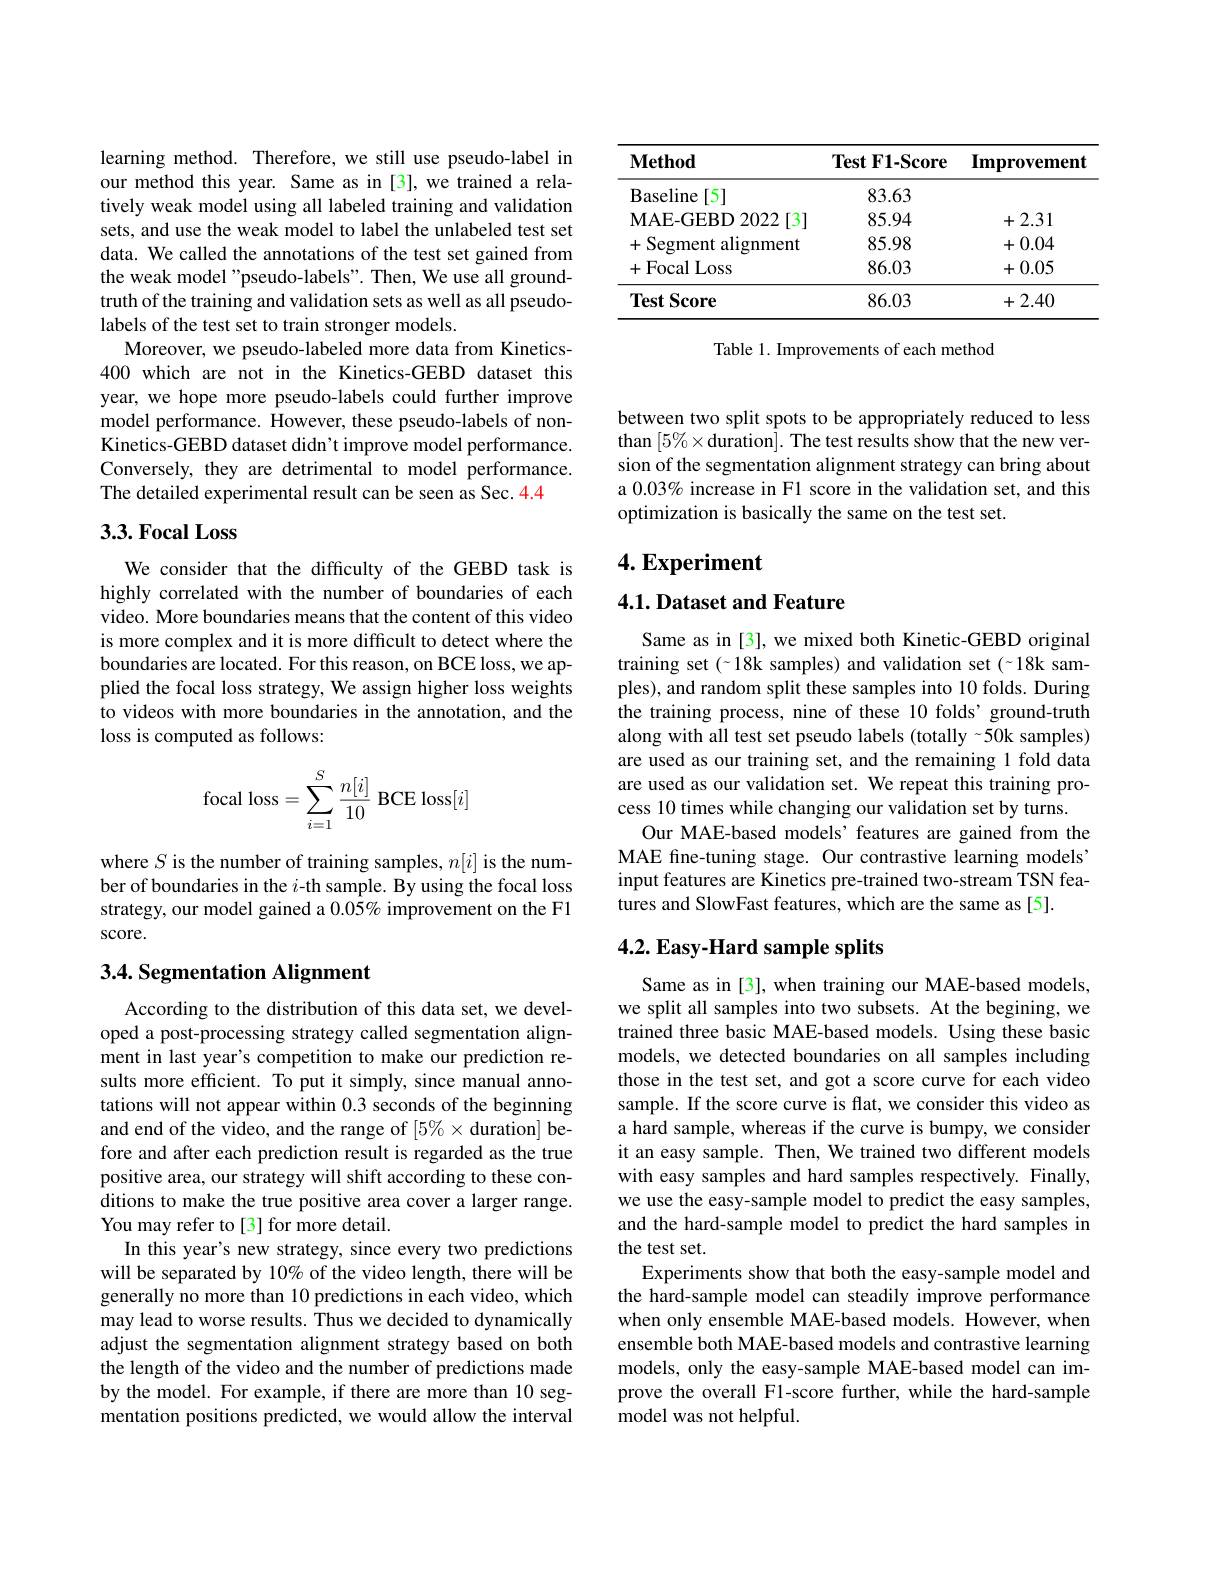
<table>
	<tbody>
		<tr>
			<th>$\mathbf{Method}$</th>
			<th>$\textbf{Test F1- Score}$</th>
			<th>Improvement</th>
		</tr>
		<tr>
			<td>Baseline [5]</td>
			<td>83.63</td>
			<td> </td>
		</tr>
		<tr>
			<td>$\mathbf{MAE-GEBD2022}$ [3] T</td>
			<td>85.94</td>
			<td>+2.31 十</td>
		</tr>
		<tr>
			<td>+Segment alignment</td>
			<td>85.98</td>
			<td>+0.04 十</td>
		</tr>
		<tr>
			<td>+Focal Loss</td>
			<td>86.03</td>
			<td>+0.05</td>
		</tr>
		<tr>
			<td>$\textbf{Test Score}$</td>
			<td>86.03</td>
			<td>+2.40</td>
		</tr>
	</tbody>
</table>

Table 1. Improvements of each method

learning method. Therefore, we still use pseudo-label in our method this year. Same as in [3], we trained a relatively weak model using all labeled training and validation sets, and use the weak model to label the unlabeled test set data. We called the annotations of the test set gained from the weak model "pseudo-labels". Then, We use all groundtruth of the training and validation sets as well as all pseudolabels of the test set to train stronger models.
Moreover, we pseudo-labeled more data from Kinetics- 400 which are not in the Kinetics-GEBD dataset this year, we hope more pseudo-labels could further improve model performance. However, these pseudo-labels of nonKinetics-GEBD dataset didn't improve model performance. Conversely, they are detrimental to model performance. The detailed experimental result can be seen as Sec. 4.4

## 3.3.Focal Loss

We consider that the difficulty of the GEBD task is highly correlated with the number of boundaries of each video. More boundaries means that the content of this video is more complex and it is more difficult to detect where the boundaries are located. For this reason, on BCE loss, we applied the focal loss strategy, We assign higher loss weights to videos with more boundaries in the annotation, and the loss is computed as follows:
$$\text{focal loss}=\sum\limits_{i=1}^S\frac{n[i]}{10}\text{BCE loss}[i]$$
where $S$ is the number of training samples, $n[i]$ is the number of boundaries in the $i$-th sample. By using the focal loss strategy, our model gained a 0.05% improvement on the F1 score.

## 3.4. Segmentation Alignment

According to the distribution of this data set, we developed a post-processing strategy called segmentation alignment in last year's competition to make our prediction results more efficient. To put it simply, since manual annotations will not appear within 0.3 seconds of the beginning and end of the video, and the range of $[5\%\times$duration] before and after each prediction result is regarded as the true positive area, our strategy will shift according to these conditions to make the true positive area cover a larger range. You may refer to[3] for more detail.
In this year's new strategy, since every two predictions will be separated by 10% of the video length, there will be generally no more than 10 predictions in each video, which may lead to worse results. Thus we decided to dynamically adjust the segmentation alignment strategy based on both the length of the video and the number of predictions made by the model. For example, if there are more than 10 segmentation positions predicted, we would allow the interval

between two split spots to be appropriately reduced to less than $[5\%\times$duration]. The test results show that the new version of the segmentation alignment strategy can bring about a 0.03% increase in F1 score in the validation set, and this optimization is basically the same on the test set.

# 4. Experiment

### 4.1. Dataset and Feature

Same as in [3], we mixed both Kinetic-GEBD original training set (~18k samples) and validation set (~18k samples), and random split these samples into 10 folds. During the training process, nine of these 10 folds' ground-truth along with all test set pseudo labels (totally~50k samples) are used as our training set, and the remaining 1 fold data are used as our validation set. We repeat this training process 10 times while changing our validation set by turns.
Our MAE-based models’features are gained from the MAE fine-tuning stage. Our contrastive learning models' input features are Kinetics pre-trained two-stream TSN features and SlowFast features, which are the same as [5].

## $4. 2. \textbf{Easy- Hard sample splits}$

Same as in [3], when training our MAE-based models, we split all samples into two subsets. At the begining, we trained three basic MAE-based models. Using these basic models, we detected boundaries on all samples including those in the test set, and got a score curve for each video sample. If the score curve is flat, we consider this video as a hard sample, whereas if the curve is bumpy, we consider it an easy sample. Then, We trained two different models with easy samples and hard samples respectively. Finally, we use the easy-sample model to predict the easy samples, and the hard-sample model to predict the hard samples in the test set.
Experiments show that both the easy-sample model and the hard-sample model can steadily improve performance when only ensemble MAE-based models. However, when ensemble both MAE-based models and contrastive learning models, only the easy-sample MAE-based model can improve the overall F1-score further, while the hard-sample model was not helpful.